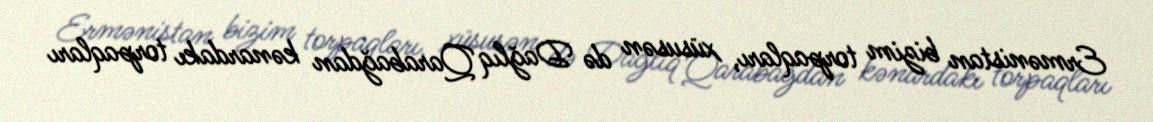
Ermənistan bizim torpaqları, xüsusən də Dağlıq Qarabağdan kənardakı torpaqları